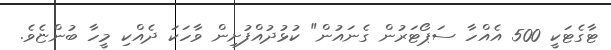
ޓާގެޓަކީ 500 އެއްހާ ސަޕޯޓަރުން ގެނައުން" ކުޅުދުއްފުށިން ވާހަކަ ދެއްކި މީހާ ބުންޏެވެ.